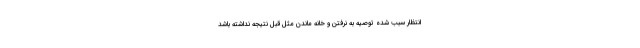
انتظار سبب شده توصیه به نرفتن و خانه ماندن مثل قبل نتیجه نداشته باشد